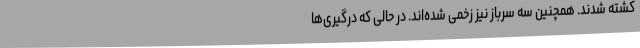
کشته شدند. همچنین سه سرباز نیز زخمی شده‌اند. در حالی که درگیری‌ها